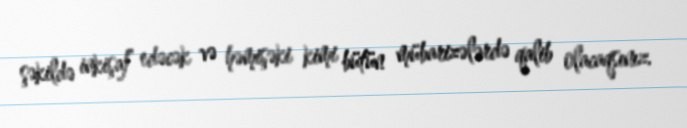
şəkildə inkişaf edəcək və həmişəki kimi bütün mübarizələrdə qalib olacaqsınız.